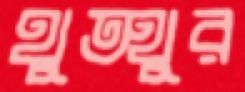
থুত্থুর